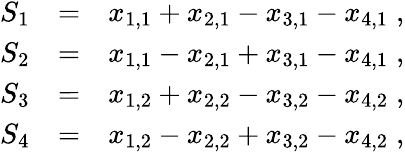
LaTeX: \begin{array}{rlr}{S_{1}}&{=}&{x_{1,1}+x_{2,1}-x_{3,1}-x_{4,1}\; ,}\\ {S_{2}}&{=}&{x_{1,1}-x_{2,1}+x_{3,1}-x_{4,1}\; ,}\\ {S_{3}}&{=}&{x_{1,2}+x_{2,2}-x_{3,2}-x_{4,2}\; ,}\\ {S_{4}}&{=}&{x_{1,2}-x_{2,2}+x_{3,2}-x_{4,2}\; ,}\end{array}